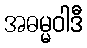
အဓမ္မဝါဒီ